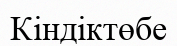
Кіндіктөбе